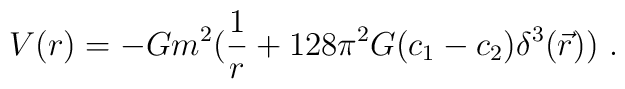
V(r)= -G m^2 ({1\over r}+128\pi^2G(c_1 - c_2)\delta^3(\vec{r}))~.